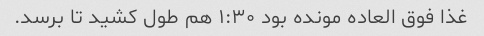
غذا فوق العاده مونده بود ١:٣٠ هم طول کشید تا برسد.